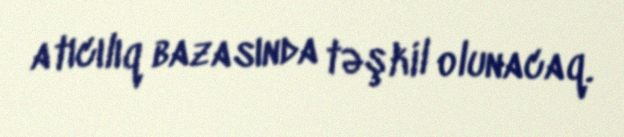
atıcılıq bazasında təşkil olunacaq.